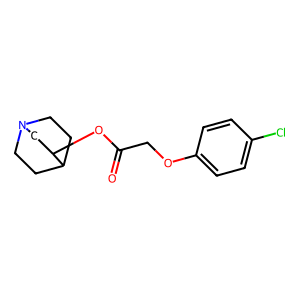
SMILES: O=C(COc1ccc(Cl)cc1)OC1CN2CCC1CC2
Inhibits HIV replication: No